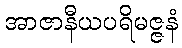
အာဇာနီယပရိမဇ္ဇနံ